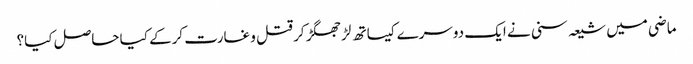
ماضی میں شیعہ سنی نے ایک دوسرے کیساتھ لڑ جھگڑ کر قتل و غارت کرکے کیا حاصل کیا؟